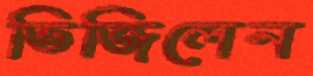
ভিজিলেন